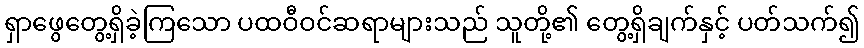
ရှာဖွေတွေ့ရှိခဲ့ကြသော ပထဝီဝင်ဆရာများသည် သူတို့၏ တွေ့ရှိချက်နှင့် ပတ်သက်၍